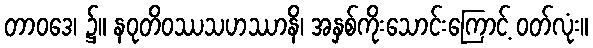
တာဝဒေ၊ ၌။ နဝုတိဝဿသဟဿာနိ၊ အနှစ်ကိုးသောင်းကြောင့် ဝတ်လုံး။